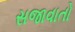
સજાવાતો